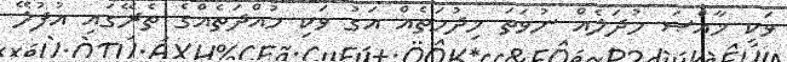
ވަކި ޚާއްޞަ މުދަލެއް ނުވަތަ ޚިދުމަތެއް އަގު ވަކި މުއްދަތެއްގެ ތެރޭގައި އުފުލޭ